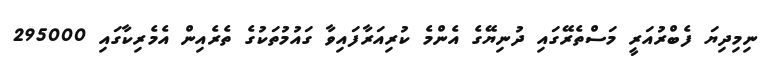
ނިމިދިޔަ ފެބްރުއަރީ މަސްތެރޭގައި ދުނިޔޭގެ އެންމެ ކުރިއަރާފައިވާ ގައުމުތަކުގެ ތެރެއިން އެމެރިކާގައި 295000